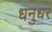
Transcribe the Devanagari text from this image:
धनुधर